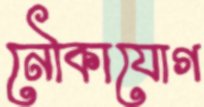
নৌকাযোগ